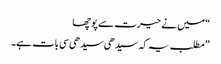
“ میں نے حیرت سے پوچھا
”مطلب یہ کہ سیدھی سیدھی سی بات ہے۔